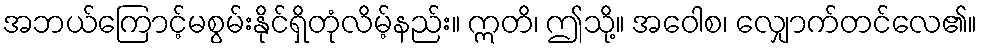
အဘယ်ကြောင့်မစွမ်းနိုင်ရှိတုံလိမ့်နည်း။ ဣတိ၊ ဤသို့။ အဝေါစ၊ လျှောက်တင်လေ၏။